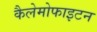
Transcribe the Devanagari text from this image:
कैलेमोफाइटन